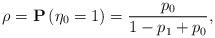
LaTeX: \begin{align*}\rho=\mathbf{P}\left(\eta_0=1\right)=\frac{p_0}{1-p_1+p_0},\end{align*}